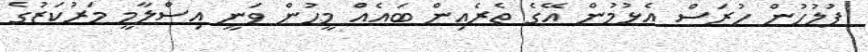
ފުލުހުން ހުރަސް އެޅުމުން އޭގެ ތެރެއިން ބައެއް މީހުން ވަނީ އިސްލާމީ މަރުކަޒުގެ